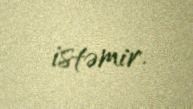
istəmir.